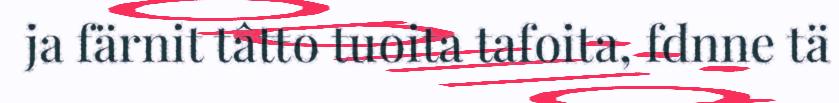
ja färnit tâtŧo tuoita tafoita, fdnne tä